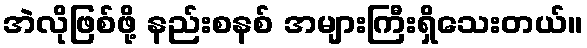
အဲလိုဖြစ်ဖို့ နည်းစနစ် အများကြီးရှိသေးတယ်။